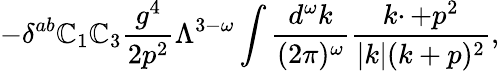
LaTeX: -\delta^{ab}\mathbb{C}_{1}\mathbb{C}_{3}{\frac{{g^{4}}}{{2p^{2}}}}\Lambda^{3-\omega}\int{\frac{{d^{\omega}k}}{{(2\pi)^{\omega}}}}{\frac{{k\cdotp+p^{2}}}{{|k|(k+p)^{2}}}},